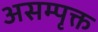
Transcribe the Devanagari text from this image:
असम्पृक्त